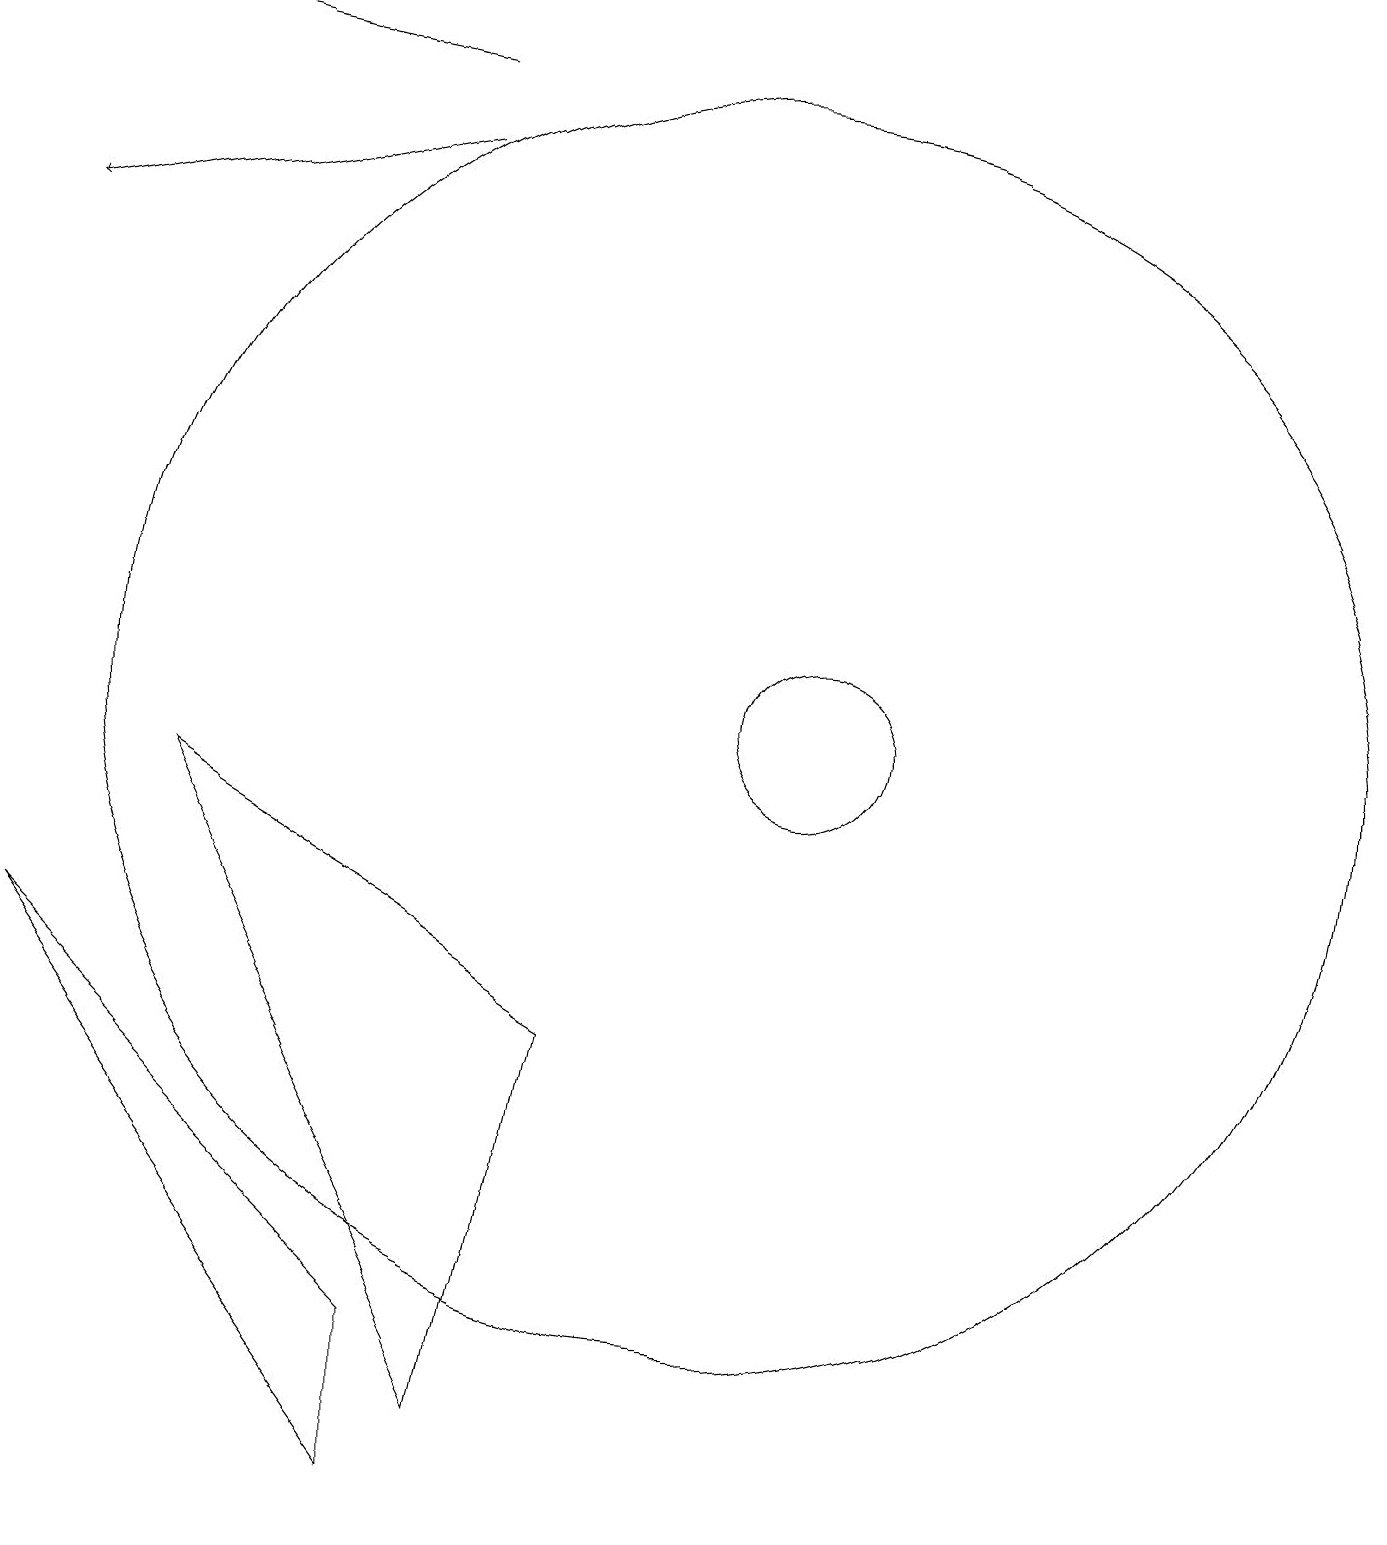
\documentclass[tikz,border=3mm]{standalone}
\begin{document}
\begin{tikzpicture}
\draw (11,10) circle (1);
\draw (1,7) -- (6,0) -- (6,2) -- cycle;
\draw (8,6) -- (3,9) -- (7,1) -- cycle;
\draw[->] (6,18) -- (1,19);
\draw[->] (6,17) -- (1,16);
\draw (10,10) circle (8);
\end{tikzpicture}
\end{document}